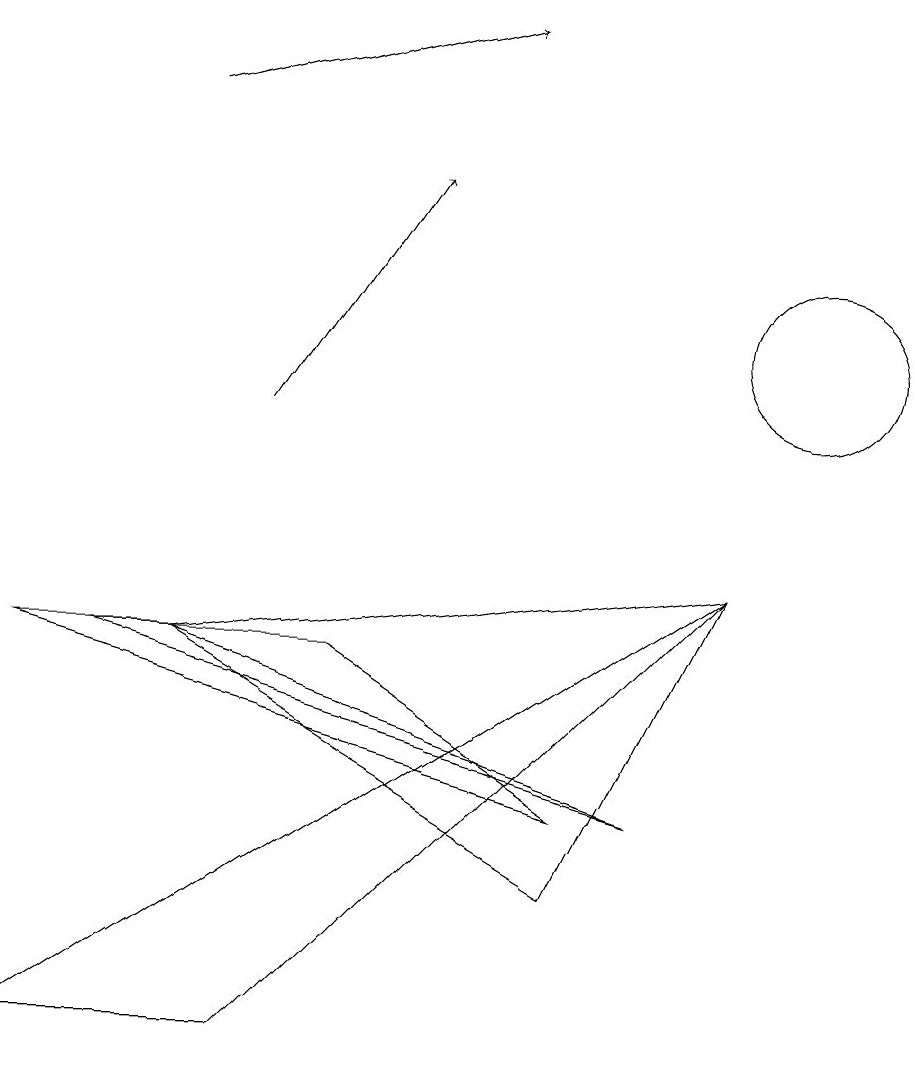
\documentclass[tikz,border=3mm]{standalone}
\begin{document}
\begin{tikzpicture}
\draw[->] (3,10) -- (5,13);
\draw (10,11) circle (1);
\draw (2,7) -- (8,5) -- (1,7) -- cycle;
\draw (7,4) -- (2,7) -- (9,8) -- cycle;
\draw (7,5) -- (0,7) -- (4,7) -- cycle;
\draw[->] (2,14) -- (6,15);
\draw (9,8) -- (0,2) -- (3,2) -- cycle;
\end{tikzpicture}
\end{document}